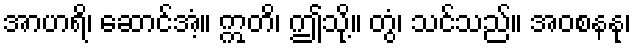
အာဟရိ၊ ဆောင်အံ့။ ဣတိ၊ ဤသို့။ တွံ၊ သင်သည်။ အဝစနနု၊